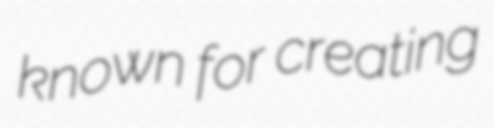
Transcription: known for creating